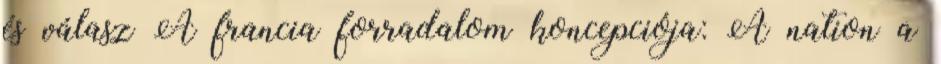
és válasz A francia forradalom koncepciója: A nation a